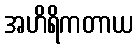
အဟိရိကတာယ